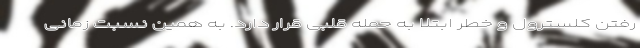
رفتن کلسترول و خطر ابتلا به حمله قلبی قرار دارد. به همین نسبت زمانی